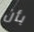
بأن